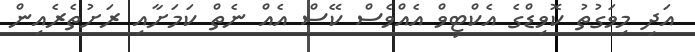
އަދި މިވަގުތު ކޮވިޑްގެ އެކްޓިވް އެއްވެސް ކޭސް އެއް ނެތް ކަަމަށާއި ރަށުތެރެއިން